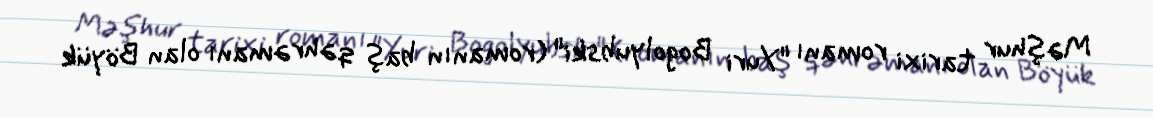
Məşhur tarixi romanı "Yuri Bogolyubski" (romanın baş qəhrəmanı olan Böyük